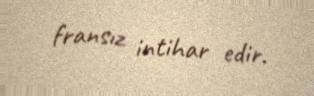
fransız intihar edir.